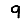
Digit: 9